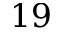
1 9